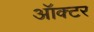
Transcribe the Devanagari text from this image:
ऑक्टर